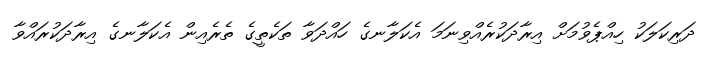
ދަރިކަލަކު ހިއްޕެވުމަށް އިރާދަކުރެއްވިނަމަ އެކަލާނގެ ހައްދަވާ ތަކެތީގެ ތެރެއިން އެކަލާނގެ އިރާދަކުރައްވާ